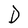
Character: D